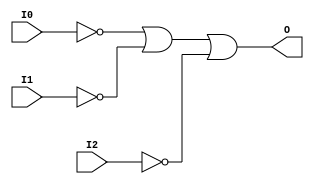
// $Header: /devl/xcs/repo/env/Databases/CAEInterfaces/verunilibs/s/OR3B3.v,v 1.8.22.1 2003/11/18 20:41:39 wloo Exp $

/*

FUNCTION	: 3-INPUT OR GATE

*/

`timescale  100 ps / 10 ps


module OR3B3 (O, I0, I1, I2);

    output O;

    input  I0, I1, I2;

    not N2 (i2_inv, I2);
    not N1 (i1_inv, I1);
    not N0 (i0_inv, I0);
    or O1 (O, i0_inv, i1_inv, i2_inv);

    specify
	(I0 *> O) = (0, 0);
	(I1 *> O) = (0, 0);
	(I2 *> O) = (0, 0);
    endspecify

endmodule